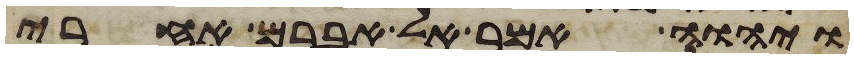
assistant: ויהוה אמר אל אברם אחרי